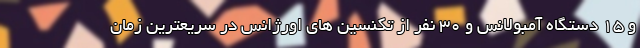
و ۱۵ دستگاه آمبولانس و ۳۰ نفر از تکنسین های اورژانس در سریعترین زمان